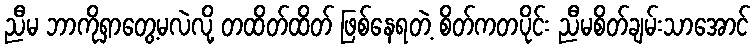
ညီမ ဘာကိုရှာတွေ့မလဲလို့ တထိတ်ထိတ် ဖြစ်နေရတဲ့ စိတ်ကတပိုင်း ညီမစိတ်ချမ်းသာအောင်